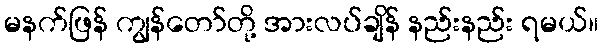
မနက်ဖြန် ကျွန်တော်တို့ အားလပ်ချိန် နည်းနည်း ရမယ်။